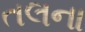
તલના